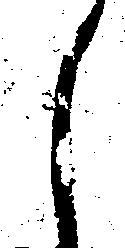
し